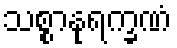
သစ္စာနုရက္ခဏံ